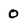
Character: 0